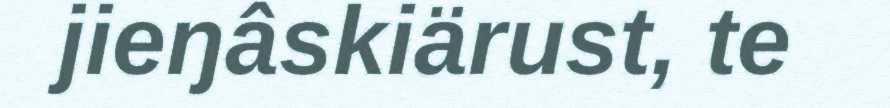
jieŋâskiärust, te